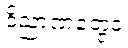
ဝိညာဏံတွေဝ